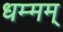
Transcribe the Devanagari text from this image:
धम्मम्